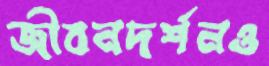
জীবনদর্শনও